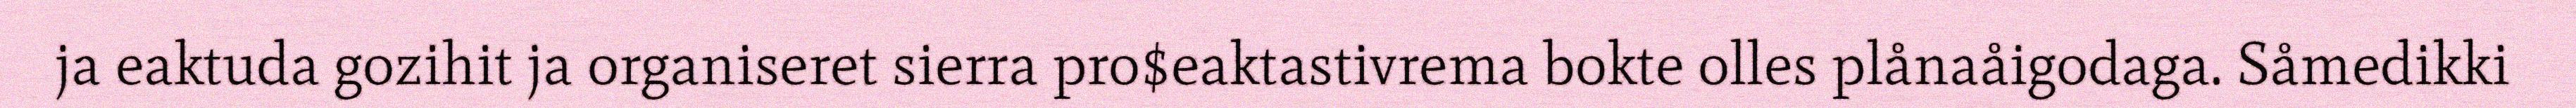
ja eaktuda gozihit ja organiseret sierra pro$eaktastivrema bokte olles plånaåigodaga. Såmedikki